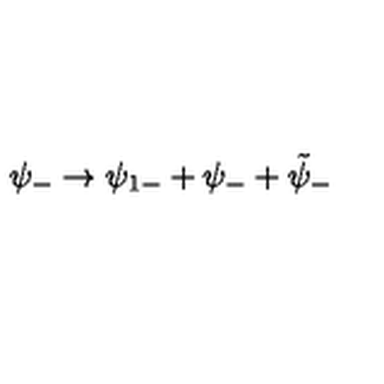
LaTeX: \psi _ { - } \rightarrow \psi _ { 1 - } + \psi _ { - } + \tilde { \psi } _ { - }